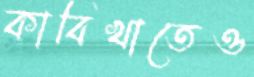
কাবিখাতেও